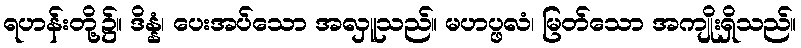
ရဟန်းတို့၌။ ဒိန္နံ၊ ပေးအပ်သော အလှူသည်။ မဟပ္ဖလံ၊ မြတ်သော အကျိုးရှိသည်။